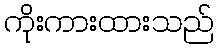
ကိုးကားထားသည်